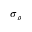
\sigma _ { \rho }